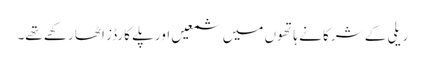
ریلی کے شرکا نے ہاتھوں میں شمعیں اور پلے کارڈز اٹھا رکھے تھے۔